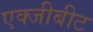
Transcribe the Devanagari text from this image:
एक्जीबीट